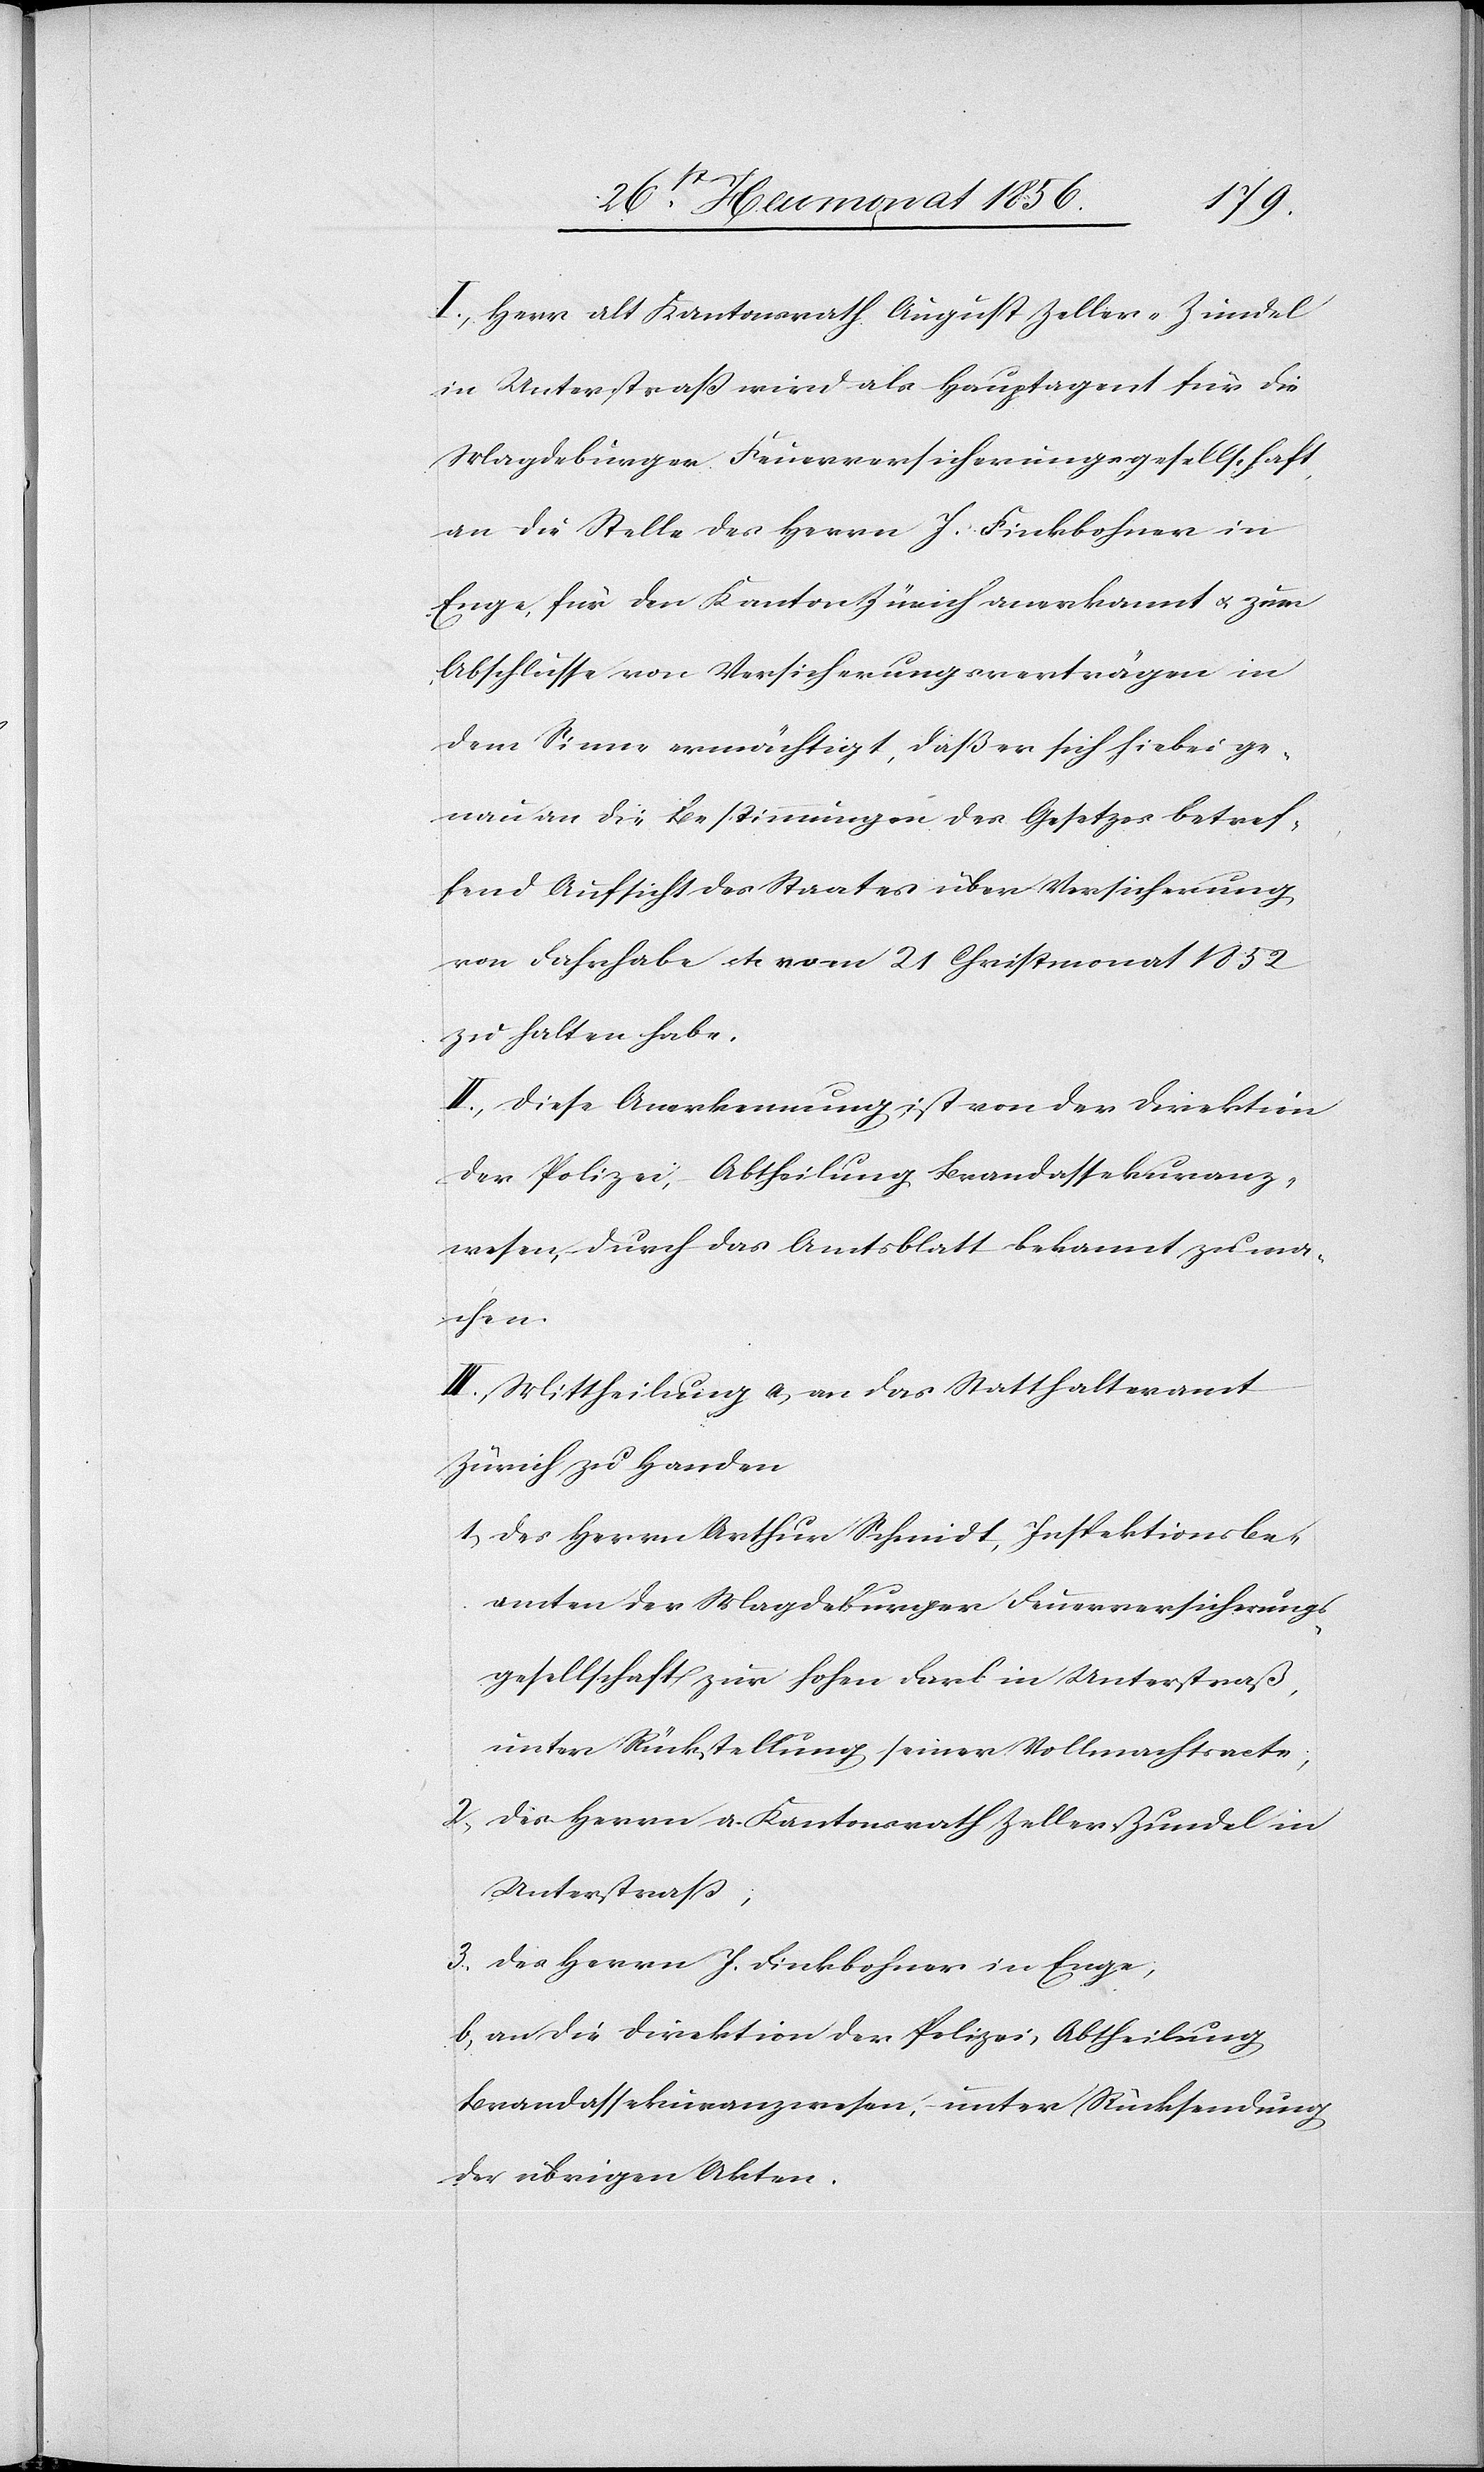
I.) Herr alt Kantonsrath August Zeller-Zundel
in Unterstraß wird als Hauptagent für die
Magdeburger Feuerversicherungsgesellschaft,
an die Stelle des Herrn J. Finkbohner in
Enge, für den Kanton Zürich anerkannt u. zum
Abschlusse von Versicherungsverträgen in
dem Sinne ermächtigt, daß er sich hiebei ge¬
nau an die Bestimmungen des Gesetzes betref¬
fend Aufsicht des Staates über Versicherung
von Fahrhabe etc vom 21 Christmonat
zu halten habe.
II.) Diese Anerkennung ist von der Direktion
der Polizei, – Abtheilung Brandassekuranz¬
wesen, durch das Amtsblatt bekannt zu ma¬
chen.
III.) Mittheilung a) an das Statthalteramt
Zürich zu Handen
1.) des Herrn Arthur Schmidt, Inspektionsbe¬
amten der Magdeburger Feuerversicherungs¬
gesellschaft zur hohen Farb in Unterstraß,
unter Rückstellung seiner Vollmachtsacte;
2.) des Herrn a. Kantonsrath Zeller-Zundel in
Unterstrass;
3.) des Herrn J. Finkbohner in Enge;
b) an die Direktion der Polizei, Abtheilung
Brandassekuranzwesen, unter Rücksendung
der übrigen Akten.